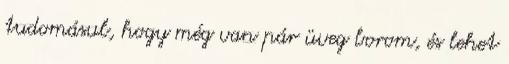
tudomásul, hogy még van pár üveg borom, és lehet